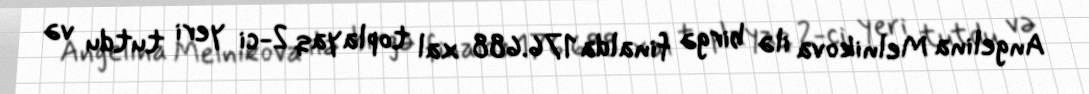
Angelina Melnikova ilə birgə finalda 176.688 xal toplayaq 2-ci yeri tutdu və